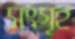
সংগৃহ